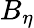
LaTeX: B_{\eta}